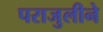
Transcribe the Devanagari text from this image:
पराजुलीने